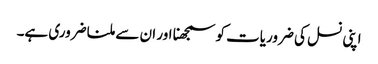
اپنی نسل کی ضروریات کو سمجھنا اور ان سے ملنا ضروری ہے۔